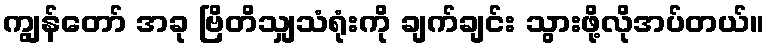
ကျွန်တော် အခု ဗြိတိသျှသံရုံးကို ချက်ချင်း သွားဖို့လိုအပ်တယ်။